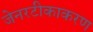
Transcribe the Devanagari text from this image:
जेनरटीकाकरण